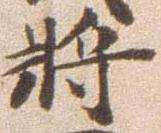
将